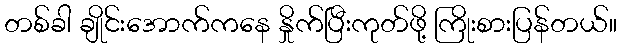
တစ်ခါ ချိုင်းအောက်ကနေ နှိုက်ပြီးကုတ်ဖို့ ကြိုးစားပြန်တယ်။